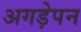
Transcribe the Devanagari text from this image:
अगड़ेपन